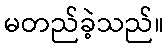
မတည်ခဲ့သည်။